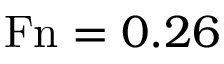
\mathrm { F n } = 0 . 2 6